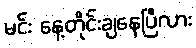
မင်း နေ့တိုင်းချနေပြီလား